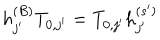
h _ { j ^ { \prime } } ^ { ( B ) } T _ { 0 , j ^ { \prime } } = T _ { 0 , j ^ { \prime } } h _ { j ^ { \prime } } ^ { ( s ^ { \prime } ) }